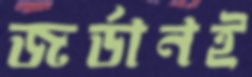
জর্ডানই